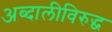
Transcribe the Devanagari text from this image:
अब्दालीविरुद्ध